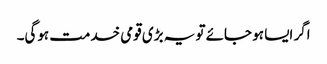
اگر ایسا ہو جائے تو یہ بڑی قومی خدمت ہوگی۔